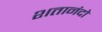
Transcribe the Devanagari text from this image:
शतानंदो